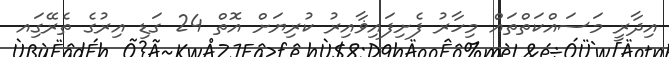
އިދާރީ މަސައްކަތްތައް މިހާރު ފެށިފައިޥާއިރު ކުރިޔަށް އޮތް 24 ގަޑި އިރުގެ ތެރޭގަިއ